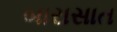
બારાસાત